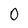
Character: 0